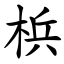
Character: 梹